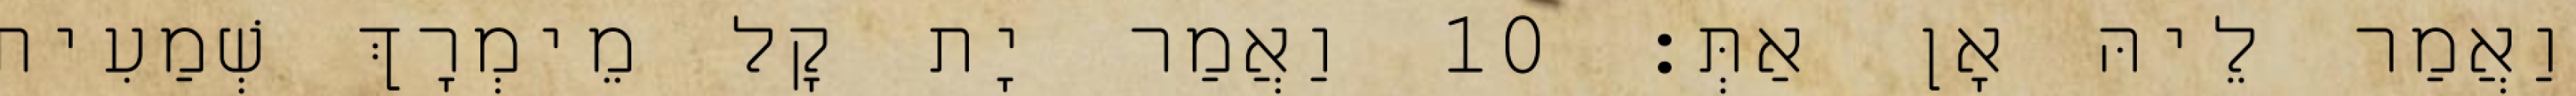
וַאֲמַר לֵיהּ אָן אַתְּ׃ 10 וַאֲמַר יָת קָל מֵימְרָךְ שְׁמַעִית